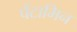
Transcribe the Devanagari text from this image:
पेंटामिन